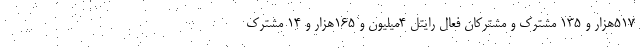
۵۱۷هزار و ۱۳۵ مشترک و مشترکان فعال رایتل ۴میلیون و ۱۶۵هزار و ۱۴ مشترک